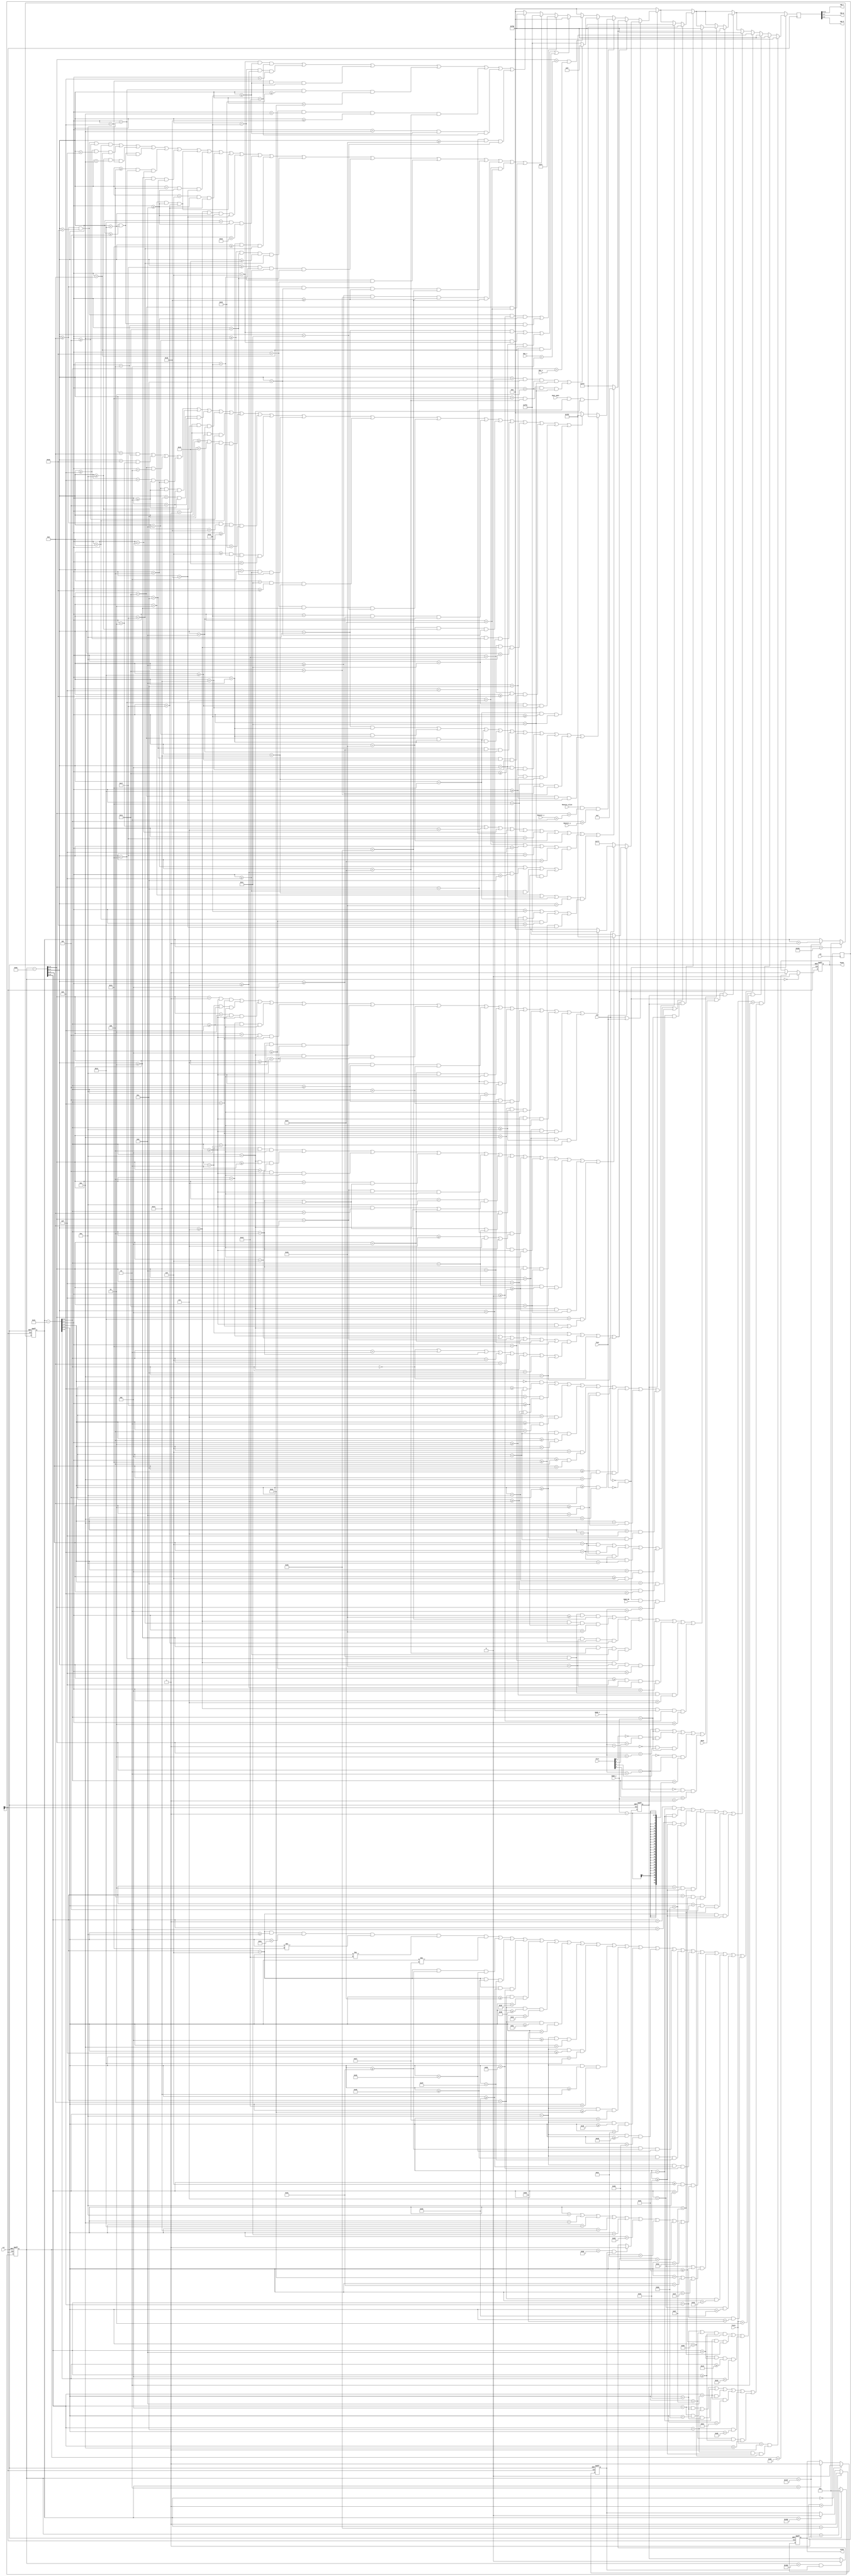
module VGA(
   input clk,
   input rst,
   input [4:0]Man_x,
   input [4:0]Man_y,
	input Monster_alive,
   input [4:0]Monster_x,
   input [4:0]Monster_y,
	input Door_open,
   //input [4:0]Door_x,
   //input [4:0]Door_y,
	input Boom,
	input [3:0]Fire,
	input [4:0]Bomb_x,
	input [4:0]Bomb_y,
	input win,
	input lose,
	input Bomb_EN,
	input [1:0]lives,
   output hsync,
   output vsync,
   output [3:0]vga_r,
   output [3:0]vga_g,
   output [3:0]vga_b
	);
   reg [3:0]clkDiv;
   reg [9:0] x_cnt;//
   reg [9:0] y_cnt;//
   reg [4:0]Door_x;
   reg [4:0]Door_y;
   wire clk2;
   assign clk2=clkDiv[1];
  
   initial begin
   clkDiv = 4'b0;
   Door_x = 5'd10;
   Door_y = 5'd10;
   end
   
   always @(posedge clk)
     clkDiv = clkDiv + 1; //2Ƶ,ʱ25M
	 
   always @(posedge clk2 or posedge rst) //ɨ
     if(rst)
       x_cnt <= 10'd0;
     else if(x_cnt == 10'd799)
       x_cnt <= 10'd0;
     else
       x_cnt <= x_cnt+1'b1;
   always @(posedge clk2 or posedge rst) //ɨ
     if(rst)
       y_cnt <= 10'd0;
     else if(y_cnt == 10'd524) //ɨ赽524
       y_cnt <= 10'd0;
     else if(x_cnt == 10'd799)
       y_cnt <= y_cnt+1'b1;
   reg hsync_r,vsync_r;//Уͬź
   always @(posedge clk2 or posedge rst)
     if(rst)
       hsync_r <= 1'b1;
     else if(x_cnt == 10'd0)
       hsync_r <= 1'b0;
     else if(x_cnt == 10'd96)
       hsync_r <= 1'b1;
   always @(posedge clk2 or posedge rst)
     if(rst)
       vsync_r <= 1'b1;
     else if(y_cnt == 10'd0)
       vsync_r <= 1'b0;
     else if(y_cnt == 10'd2)
       vsync_r <= 1'b1;
   assign hsync = hsync_r;
   assign vsync = vsync_r;
   reg valid_yr;//Ч־λ
   always @(posedge clk2 or posedge rst)
      if(rst)
        valid_yr <=1'b0;
      else if(y_cnt == 10'd32)
        valid_yr <= 1'b1; //32-512֮ʾ
      else if(y_cnt == 10'd512)
        valid_yr <= 1'b0;
   wire valid_y = valid_yr;
   reg valid_r;//Чʾ־
   always @(posedge clk2 or posedge rst)
     if(rst)
       valid_r <= 1'b0;
     else if((x_cnt == 10'd141) && valid_y)
       valid_r <= 1'b1;
     else if((x_cnt == 10'd781) && valid_y)
       valid_r <= 1'b0;
   wire valid = valid_r;
   wire [9:0] x_dis;//ʾЧ0-639
   wire [9:0] y_dis;//ʾЧ0-479
   assign x_dis = x_cnt - 10'd142;
   assign y_dis = y_cnt - 10'd33;
   reg [11:0]vga_rgb;  
   
	assign vga_r = vga_rgb[11:8];
	assign vga_g = vga_rgb[7:4];
	assign vga_b = vga_rgb[3:0];
	
    always @(posedge clk2)
	 begin
	 if(!valid) vga_rgb<=12'h000; 
	 else if(win||lose)begin
	    if(lose)begin
		    if((x_dis[9:5]==2&&y_dis[9:5]>=4&&y_dis[9:5]<11)||
			    (y_dis[9:5]==10&&x_dis[9:5]>=2&&x_dis[9:5]<5)||  //L
				 (x_dis[9:5]==6&&y_dis[9:5]>=4&&y_dis[9:5]<11)||
				 (x_dis[9:5]==7&&(y_dis[9:5]==4||y_dis[9:5]==10))||
				 (x_dis[9:5]==8&&y_dis[9:5]>=4&&y_dis[9:5]<11)||   //O
				 (x_dis[9:5]==10&&((y_dis[9:5]>=4&&y_dis[9:5]<8)||y_dis[9:5]==10))||
				 (x_dis[9:5]==11&&(y_dis[9:5]==4||y_dis[9:5]==10||y_dis[9:5]==7))||
				 (x_dis[9:5]==12&&((y_dis[9:5]>=7&&y_dis[9:5]<11)||y_dis[9:5]==4))||  //S
				 (x_dis[9:5]==14&&y_dis[9:5]>=4&&y_dis[9:5]<11)||
				 (y_dis[9:5]==4&&x_dis[9:5]>=15&&x_dis[9:5]<17)||
				 (y_dis[9:5]==7&&x_dis[9:5]>=15&&x_dis[9:5]<17)||
				 (y_dis[9:5]==10&&x_dis[9:5]>=15&&x_dis[9:5]<17)||
				 (x_dis[9:5]==18&&((y_dis[9:5]>=4&&y_dis[9:5]<9)||y_dis[9:5]==10)))//E
				    vga_rgb<=12'hF0F;
		    else  vga_rgb<=12'h000;	 
		 end
	    else if(win) begin
		    if((x_dis[9:5]==1&&y_dis[9:5]>=4&&y_dis[9:5]<9)||
			    (x_dis[9:5]==2&&y_dis[9:5]>=9&&y_dis[9:5]<11)||
				 (x_dis[9:5]==3&&y_dis[9:5]>=4&&y_dis[9:5]<9)||
				 (x_dis[9:5]==4&&y_dis[9:5]>=9&&y_dis[9:5]<11)||
				 (x_dis[9:5]==5&&y_dis[9:5]>=4&&y_dis[9:5]<9)||  //W
				 (y_dis[9:5]==4&&x_dis[9:5]>=7&&x_dis[9:5]<10)||
				 (y_dis[9:5]==10&&x_dis[9:5]>=7&&x_dis[9:5]<10)||
				 (x_dis[9:5]==8&&y_dis[9:5]>=5&&y_dis[9:5]<10)||    //I
				 (x_dis[9:5]==11&&y_dis[9:5]>=4&&y_dis[9:5]<11)||
				 (x_dis[9:5]==12&&y_dis[9:5]>=4&&y_dis[9:5]<5)||
				 (x_dis[9:5]==13&&y_dis[9:5]>=5&&y_dis[9:5]<10)||
				 (x_dis[9:5]==14&&y_dis[9:5]>=10&&y_dis[9:5]<11)||
				 (x_dis[9:5]==15&&y_dis[9:5]>=4&&y_dis[9:5]<11)||
				 (x_dis[9:5]==17&&y_dis[9:5]>=4&&y_dis[9:5]<9)||
				 (x_dis[9:5]==17&&y_dis[9:5]>=10&&y_dis[9:5]<11))  //N
				    vga_rgb<=12'hFF0;
		    else  vga_rgb<=12'h000;
		 end
		 else vga_rgb<=12'h777;
	 end	 
	 else if((x_dis[9:5]==5'd2||x_dis[9:5]==5'd17)||
	         (x_dis[9:5]==5'd4||x_dis[9:5]==5'd6||x_dis[9:5]==5'd8
				||x_dis[9:5]==5'd11||x_dis[9:5]==5'd13||x_dis[9:5]==5'd15)
	         &&(y_dis[9:5]==5'd0||y_dis[9:5]==5'd2||y_dis[9:5]==5'd4||y_dis[9:5]==5'd6||
	         y_dis[9:5]==5'd8||y_dis[9:5]==5'd10||y_dis[9:5]==5'd12||y_dis[9:5]==5'd14)||
				y_dis[9:5]==0||y_dis[9:5]==14)
	 begin
		    if(y_dis[4:0]==3||y_dis[4:0]==7||y_dis[4:0]==11||y_dis[4:0]==15||
			    y_dis[4:0]==19||y_dis[4:0]==23||y_dis[4:0]==27||y_dis[4:0]==31||
				 ((x_dis[4:0]==7||x_dis[4:0]==15||x_dis[4:0]==23||x_dis[4:0]==31)&&
				 (y_dis[4:0]<4||(y_dis[4:0]>=7&&y_dis[4:0]<12)
				 ||(y_dis[4:0]>=15&&y_dis[4:0]<20)||(y_dis[4:0]>=23&&y_dis[4:0]<28)))||
				 ((x_dis[4:0]==3||x_dis[4:0]==11||x_dis[4:0]==19||x_dis[4:0]==27)&&
				 (y_dis[4:0]>26||(y_dis[4:0]>=3&&y_dis[4:0]<8)||
				 (y_dis[4:0]>=11&&y_dis[4:0]<16)||(y_dis[4:0]>=19&&y_dis[4:0]<24))))
				    vga_rgb<=12'd007;
			  else vga_rgb<=12'hFFF;
	 end
	 //WALL
	 else if(Monster_alive&&x_dis[9:5]==Monster_x+5'b00010&&y_dis[9:5]==Monster_y)
	 begin
	    if((x_dis[4:0]==10&&y_dis[4:0]==13)||
		    (x_dis[4:0]==13&&y_dis[4:0]==13)||
			 (x_dis[4:0]==17&&y_dis[4:0]==13)||
			 (x_dis[4:0]==19&&y_dis[4:0]==13)||
			 (y_dis[4:0]==12&&x_dis[4:0]>=11&&x_dis[4:0]<13)||
			 (y_dis[4:0]==12&&x_dis[4:0]>=18&&x_dis[4:0]<20)||
			 (x_dis[4:0]==11&&y_dis[4:0]>=17&&y_dis[4:0]<19)||
			 (x_dis[4:0]==12&&y_dis[4:0]>=18&&y_dis[4:0]<20)||
			 (y_dis[4:0]==19&&x_dis[4:0]>=13&&x_dis[4:0]<17)||
			 (x_dis[4:0]==17&&y_dis[4:0]>=18&&y_dis[4:0]<24))
			   vga_rgb<=12'hFFF;
		 else if((x_dis[4:0]==8&&y_dis[4:0]==4)||
		         (x_dis[4:0]==16&&y_dis[4:0]==3)||
					(x_dis[4:0]==17&&y_dis[4:0]==2)||
					(x_dis[4:0]==9&&y_dis[4:0]>=2&&y_dis[4:0]<4)||
					(x_dis[4:0]==13&&y_dis[4:0]>=2&&y_dis[4:0]<5)||
					(x_dis[4:0]==20&&y_dis[4:0]>=2&&y_dis[4:0]<5)||
					(y_dis[4:0]==1&&x_dis[4:0]>=10&&x_dis[4:0]<13)||
					(y_dis[4:0]==1&&x_dis[4:0]>=18&&x_dis[4:0]<20)||
					(x_dis[4:0]>=12&&x_dis[4:0]<21&&y_dis[4:0]>=5&&y_dis[4:0]<8)||
		         (x_dis[4:0]>=8&&x_dis[4:0]<24&&y_dis[4:0]>=8&&y_dis[4:0]<25)||
					(x_dis[4:0]>=6&&x_dis[4:0]<26&&y_dis[4:0]>=14&&y_dis[4:0]<21)||
					(x_dis[4:0]==2&&y_dis[4:0]>=15&&y_dis[4:0]<17)||
					(x_dis[4:0]==28&&y_dis[4:0]>=16&&y_dis[4:0]<20)||
					(y_dis[4:0]==16&&x_dis[4:0]>=3&&x_dis[4:0]<28)||
					(y_dis[4:0]==26&&x_dis[4:0]>=11&&x_dis[4:0]<13)||
					(y_dis[4:0]==27&&x_dis[4:0]>=10&&x_dis[4:0]<12)||
					(y_dis[4:0]==28&&x_dis[4:0]>=9&&x_dis[4:0]<11)||
					(y_dis[4:0]==29&&x_dis[4:0]>=7&&x_dis[4:0]<10)||
					(y_dis[4:0]==29&&x_dis[4:0]>=16&&x_dis[4:0]<19)||
					(y_dis[4:0]==28&&x_dis[4:0]>=18&&x_dis[4:0]<20)||
					(x_dis[4:0]==19&&y_dis[4:0]>=26&&y_dis[4:0]<28))
					   vga_rgb<=12'hF0F;
		 else vga_rgb<=12'h000;	//Monster
	 end 
	 else if(Door_open&&x_dis[9:5]==Door_x+2&& y_dis[9:5]==Door_y)
	 begin
	    if((x_dis[4:0]>0&&x_dis[4:0]<12&&y_dis[4:0]>3&&y_dis[4:0]<28)||
		    (x_dis[4:0]>19&&x_dis[4:0]<31&&y_dis[4:0]>3&&y_dis[4:0]<28))
			   vga_rgb<=12'h00F;
		 else vga_rgb<=12'hFF0;
	 end	//Door
	 else if(x_dis[9:5]==Man_x+5'b00010&& y_dis[9:5]==Man_y)
	 begin 
	    if((x_dis[4:0]==10&&y_dis[4:0]==6)||
		    (x_dis[4:0]==13&&y_dis[4:0]==6)||
			 (x_dis[4:0]==11&&y_dis[4:0]==8)||
			 (x_dis[4:0]==12&&y_dis[4:0]==8))
			    vga_rgb<=12'h000;//۾
		 else if((x_dis[4:0]>=8&&x_dis[4:0]<16&&y_dis[4:0]>=0&&y_dis[4:0]<4)||
		         (x_dis[4:0]>=5&&x_dis[4:0]<18&&y_dis[4:0]==4))
					   vga_rgb<=12'h0FF;//ñ
		 else if((x_dis[4:0]>=8&&x_dis[4:0]<16&&y_dis[4:0]>=5&&y_dis[4:0]<8)||
		         (x_dis[4:0]>=9&&x_dis[4:0]<15&&y_dis[4:0]==8)||
					(x_dis[4:0]>=10&&x_dis[4:0]<14&&y_dis[4:0]==9)||
					(x_dis[4:0]>=5&&x_dis[4:0]<18&&y_dis[4:0]==10)||
					(x_dis[4:0]>=4&&x_dis[4:0]<19&&y_dis[4:0]==11)||
					(x_dis[4:0]>=3&&x_dis[4:0]<23&&y_dis[4:0]==12)||
					(x_dis[4:0]==3&&y_dis[4:0]>=13&&y_dis[4:0]<23)||
					(x_dis[4:0]==4&&y_dis[4:0]>=13&&y_dis[4:0]<24)||
					(x_dis[4:0]==6&&y_dis[4:0]>=13&&y_dis[4:0]<23)||
					(x_dis[4:0]==3&&y_dis[4:0]>=13&&y_dis[4:0]<23)||
					(x_dis[4:0]>=7&&x_dis[4:0]<18&&y_dis[4:0]>=13&&y_dis[4:0]<24)||
					(x_dis[4:0]==18&&y_dis[4:0]>=13&&y_dis[4:0]<22)||
					(y_dis[4:0]==13&&x_dis[4:0]>=19&&x_dis[4:0]<23)||
					(y_dis[4:0]>=14&&y_dis[4:0]<17&&x_dis[4:0]>=21&&x_dis[4:0]<23)||
					(x_dis[4:0]>=23&&x_dis[4:0]<26&&y_dis[4:0]>=15&&y_dis[4:0]<17)||
					(x_dis[4:0]==26&&y_dis[4:0]==16)||
					(x_dis[4:0]>=8&&x_dis[4:0]<12&&y_dis[4:0]>=24&&y_dis[4:0]<32)||
					(x_dis[4:0]>=13&&x_dis[4:0]<17&&y_dis[4:0]>=24&&y_dis[4:0]<32)||
					(x_dis[4:0]==7&&y_dis[4:0]==31)||
					(x_dis[4:0]==17&&y_dis[4:0]==31)
					)
					    vga_rgb<=12'hFF0;//
		else if((y_dis[4:0]==6&&x_dis[4:0]>=26&&x_dis[4:0]<29)||
		        (x_dis[4:0]==26&&y_dis[4:0]>=7&&y_dis[4:0]<9)||
				  (y_dis[4:0]==9&&x_dis[4:0]>=26&&x_dis[4:0]<29)||
				  (y_dis[4:0]==10&&x_dis[4:0]>=25&&x_dis[4:0]<30)||
				  (y_dis[4:0]>=11&&y_dis[4:0]<14&&x_dis[4:0]>=24&&x_dis[4:0]<31)||
				  (y_dis[4:0]==14&&x_dis[4:0]>=26&&x_dis[4:0]<29)||
				  (y_dis[4:0]==15&&x_dis[4:0]>=27&&x_dis[4:0]<28))
				     vga_rgb<=12'hF00;//
		else vga_rgb<=12'h000;//background
    end		 	 //Man
	 else vga_rgb<=12'h000;
	 
	 if(!win&&!lose&&Bomb_EN&&x_dis[9:5]==Bomb_x+5'b00010&& y_dis[9:5]==Bomb_y&&valid)begin
	    if((x_dis[4:1]==6&&y_dis[4:1]==7)||
		    (x_dis[4:1]==9&&y_dis[4:1]==7)||
			 (x_dis[4:1]==6&&y_dis[4:1]==10)||
			 (x_dis[4:1]==9&&y_dis[4:1]==10)||
		    (y_dis[4:1]==11&&x_dis[4:1]>=6&x_dis[4:1]<10)||
		    (y_dis[4:1]==12&&x_dis[4:1]>=7&x_dis[4:1]<9))
			   vga_rgb<=12'hFFF;
	    else if((y_dis[4:1]==0&&x_dis[4:1]>=9&x_dis[4:1]<11)||
		    (y_dis[4:1]==1&&x_dis[4:1]>=7&x_dis[4:1]<10)||
			 (x_dis[4:1]==7&&y_dis[4:1]>=2&y_dis[4:1]<4)||
			 (x_dis[4:1]>=5&&x_dis[4:1]<11&&y_dis[4:1]>=4&y_dis[4:1]<6)||
			 (y_dis[4:1]==6&&x_dis[4:1]>=4&x_dis[4:1]<12)||
			 (y_dis[4:1]==7&&x_dis[4:1]>=3&x_dis[4:1]<13)||
			 (x_dis[4:1]>=2&&x_dis[4:1]<14&&y_dis[4:1]>=8&y_dis[4:1]<14)||
			 (y_dis[4:1]==14&&x_dis[4:1]>=3&x_dis[4:1]<13)||
			 (y_dis[4:1]==15&&x_dis[4:1]>=5&x_dis[4:1]<11))
			    vga_rgb<=12'hF00;
    end
	 if(!win&&!lose&&Boom&&valid)begin
		 if((x_dis[9:5]==Bomb_x+2&& y_dis[9:5]==Bomb_y)||
		   (~Fire[0]&&x_dis[9:5]==Bomb_x+1&&y_dis[9:5]==Bomb_y)||
		   (~Fire[2]&&x_dis[9:5]==Bomb_x+3&&y_dis[9:5]==Bomb_y)||	
         (~Fire[1]&&x_dis[9:5]==Bomb_x+2&& y_dis[9:5]==Bomb_y-1)||			
         (~Fire[3]&&x_dis[9:5]==Bomb_x+2&& y_dis[9:5]==Bomb_y+1))
		 begin 
				   if((x_dis[4:0]>=11&&x_dis[4:0]<19&&y_dis[4:0]>=27&&y_dis[4:0]<32)||
					   (x_dis[4:0]>=7&&x_dis[4:0]<23&&y_dis[4:0]>=23&&y_dis[4:0]<27)||
						(x_dis[4:0]>=3&&x_dis[4:0]<27&&y_dis[4:0]>=19&&y_dis[4:0]<23)||
						(x_dis[4:0]>=3&&x_dis[4:0]<31&&y_dis[4:0]>=15&&y_dis[4:0]<19)||
						(x_dis[4:0]>=7&&x_dis[4:0]<27&&y_dis[4:0]>=11&&y_dis[4:0]<15)||
						(x_dis[4:0]>=15&&x_dis[4:0]<27&&y_dis[4:0]>=7&&y_dis[4:0]<11)||
						(x_dis[4:0]>=11&&x_dis[4:0]<19&&y_dis[4:0]>=3&&y_dis[4:0]<7)||
						(x_dis[4:0]>=7&&x_dis[4:0]<11&&y_dis[4:0]>=0&&y_dis[4:0]<3))
						   vga_rgb<=12'hF00;
		 end   //	
		 if((x_dis[9:5]==5'd2||x_dis[9:5]==5'd17)||
	         (x_dis[9:5]==5'd4||x_dis[9:5]==5'd6||x_dis[9:5]==5'd8
				||x_dis[9:5]==5'd11||x_dis[9:5]==5'd13||x_dis[9:5]==5'd15)
	         &&(y_dis[9:5]==5'd0||y_dis[9:5]==5'd2||y_dis[9:5]==5'd4||y_dis[9:5]==5'd6||
	         y_dis[9:5]==5'd8||y_dis[9:5]==5'd10||y_dis[9:5]==5'd12||y_dis[9:5]==5'd14)||
				y_dis[9:5]==0||y_dis[9:5]==14)
			begin
		    if(y_dis[4:0]==3||y_dis[4:0]==7||y_dis[4:0]==11||y_dis[4:0]==15||
			    y_dis[4:0]==19||y_dis[4:0]==23||y_dis[4:0]==27||y_dis[4:0]==31||
				 ((x_dis[4:0]==7||x_dis[4:0]==15||x_dis[4:0]==23||x_dis[4:0]==31)&&
				 (y_dis[4:0]<4||(y_dis[4:0]>=7&&y_dis[4:0]<12)
				 ||(y_dis[4:0]>=15&&y_dis[4:0]<20)||(y_dis[4:0]>=23&&y_dis[4:0]<28)))||
				 ((x_dis[4:0]==3||x_dis[4:0]==11||x_dis[4:0]==19||x_dis[4:0]==27)&&
				 (y_dis[4:0]>26||(y_dis[4:0]>=3&&y_dis[4:0]<8)||
				 (y_dis[4:0]>=11&&y_dis[4:0]<16)||(y_dis[4:0]>=19&&y_dis[4:0]<24))))
				    vga_rgb<=12'd007;
			  else vga_rgb<=12'hFFF;
			end
	 end
	 if(!win&&!lose)begin
	    if((x_dis[9:2]==6&&y_dis[9:2]>=10&&y_dis[9:2]<49&&y_dis[9:2]!=19
	       &&y_dis[9:2]!=29&&y_dis[9:2]!=39)||
		    (x_dis[9:2]==6&&y_dis[9:2]>=60&&y_dis[9:2]<69)||
		    (x_dis[9:2]==6&&y_dis[9:2]>=72&&y_dis[9:2]<79)||
		    (x_dis[9:2]==6&&y_dis[9:2]>=80&&y_dis[9:2]<89)||
		    (x_dis[9:2]==8&&y_dis[9:2]>=31&&y_dis[9:2]<38)||
		    (x_dis[9:2]==8&&y_dis[9:2]>=61&&y_dis[9:2]<68)||
		    (x_dis[9:2]==8&&y_dis[9:2]>=81&&y_dis[9:2]<88)||
		    (x_dis[9:2]==10&&y_dis[9:2]>=11&&y_dis[9:2]<14)||
		    (x_dis[9:2]==10&&y_dis[9:2]>=15&&y_dis[9:2]<18)||
		    (x_dis[9:2]==10&&y_dis[9:2]>=20&&y_dis[9:2]<29)||
		    (x_dis[9:2]==10&&y_dis[9:2]>=30&&y_dis[9:2]<39)||
		    (x_dis[9:2]==10&&y_dis[9:2]>=41&&y_dis[9:2]<44)||
		    (x_dis[9:2]==10&&y_dis[9:2]>=45&&y_dis[9:2]<48)||
	   	 (x_dis[9:2]==10&&y_dis[9:2]>=60&&y_dis[9:2]<69)||
	   	 (x_dis[9:2]==10&&y_dis[9:2]>=72&&y_dis[9:2]<79)||
	   	 (x_dis[9:2]==10&&y_dis[9:2]>=80&&y_dis[9:2]<89)||
	   	 ((x_dis[9:2]>=6&&x_dis[9:2]<10)&&
	   	 (y_dis[9:2]==10||y_dis[9:2]==14||y_dis[9:2]==18||
	   	 y_dis[9:2]==20||y_dis[9:2]==28||y_dis[9:2]==40||
	   	 y_dis[9:2]==44||y_dis[9:2]==48||y_dis[9:2]==74))||
	   	 ((x_dis[9:2]==7||x_dis[9:2]==9)&&(y_dis[9:2]==30||y_dis[9:2]==60
	   	 ||y_dis[9:2]==71))||
	   	 (x_dis[9:2]==8&&y_dis[9:2]==70)||
	   	 (x_dis[9:2]==7&&y_dis[9:2]==80)||
	   	 (x_dis[9:2]==9&&y_dis[9:2]==88))
		       vga_rgb<=12'hF0F;
		else if((x_dis[9:2]==1&&y_dis[9:2]==99)||
		        (x_dis[9:2]==7&&y_dis[9:2]==99)||
				  (x_dis[9:2]==2&&y_dis[9:2]>=98&&y_dis[9:2]<102)||
				  (x_dis[9:2]==3&&y_dis[9:2]>=98&&y_dis[9:2]<103)||
				  (x_dis[9:2]==4&&y_dis[9:2]>=99&&y_dis[9:2]<104)||
				  (x_dis[9:2]==5&&y_dis[9:2]>=98&&y_dis[9:2]<103)||
				  (x_dis[9:2]==6&&y_dis[9:2]>=98&&y_dis[9:2]<102))
				  vga_rgb<=12'hF00;

		if((lives==1)&&(x_dis[9:2]==12&&y_dis[9:2]>=98&&y_dis[9:2]<104))vga_rgb<=3'hF00;
		else if((lives==2)&&((x_dis[9:2]==11&&y_dis[9:2]==98)||
		        (x_dis[9:2]==11&&y_dis[9:2]==102)||
		        (x_dis[9:2]==12&&y_dis[9:2]==98)||
				  (x_dis[9:2]==13&&y_dis[9:2]==99)||
				  (x_dis[9:2]==13&&y_dis[9:2]==100)||
				  (x_dis[9:2]==12&&y_dis[9:2]==101)||
				  (y_dis[9:2]==103&&x_dis[9:2]>=11&&x_dis[9:2]<14)))
				  vga_rgb<=12'hF00;
		else if((lives==3)&&(((y_dis[9:2]==98||y_dis[9:2]==103)&&x_dis[9:2]>=11&&x_dis[9:2]<13)||
		         (x_dis[9:2]==13&&y_dis[9:2]>=99&&y_dis[9:2]<103)||
					(x_dis[9:2]>=11&&x_dis[9:2]<13&&y_dis[9:1]>=201&&y_dis[9:1]<203)))
					vga_rgb<=12'hF00;				
		end
  end
	 //Fire
endmodule